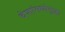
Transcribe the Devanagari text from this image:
देशांमध्येसुद्धा